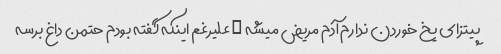
پیتزای یخ خوردن ندارم آدم مریض میشه … علیرغم اینکه گفته بودم حتمن داغ برسه